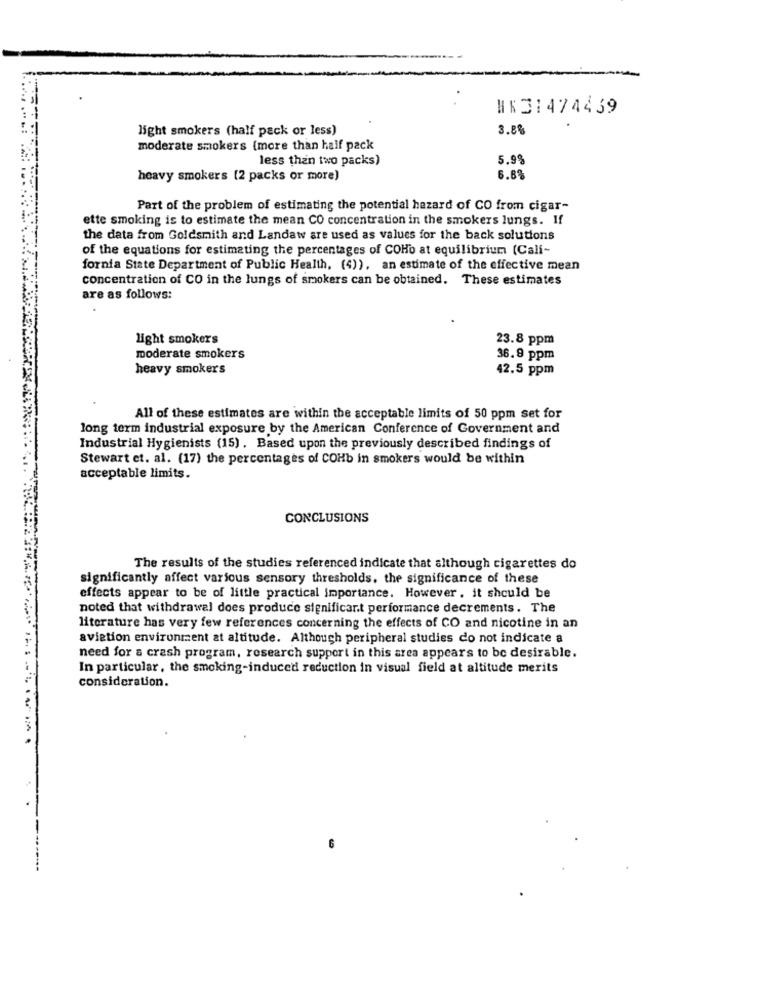
WK31474439
light smokers (half pack or less)
3.8%
moderate smokers (more than half pack
less than two packs)
5.99
heavy smokers [2 packs or more)
6.8%
Part of the problem of estimating the potential hazard of CO from cigar-
ette smoking is to estimate the mean CO concentration in the smokers lungs. If
the data from Goldsmith and Landaw are used as values for the back solutions
of the equations for estimating the percentages of COHo at equilibrium (Cali-
fornia State Department of Public Health, (4)), an estimate of the effective mean
concentration of CO in the lungs of smokers can be obtained. These estimates
are as follows:
light smokers
23.8 ppm
moderate smokers
36.9 ppm
heavy smokers
42.5 ppm
All of these estimates are within the acceptable limits of 50 ppm set for
long term industrial exposure by the American Conference of Government and
Industrial Hygienists (15) . Based upon the previously described findings of
Stewart et. al. (17) the percentages of COHb in smokers would be within
acceptable limits.
CONCLUSIONS
The results of the studies referenced indicate that although cigarettes do
significantly affect various sensory thresholds. the significance of these
effects appear to be of little practical importance. However, it should be
noted that withdrawal does produce significar.t performance decrements. The
literature has very few references concerning the effects of CO and nicotine in an
aviation environment at altitude. Although peripheral studies do not indicate a
need for a crash program, research support in this area appears to be desirable.
In particular, the smoking-induced reduction in visual field at altitude merits
consideration.